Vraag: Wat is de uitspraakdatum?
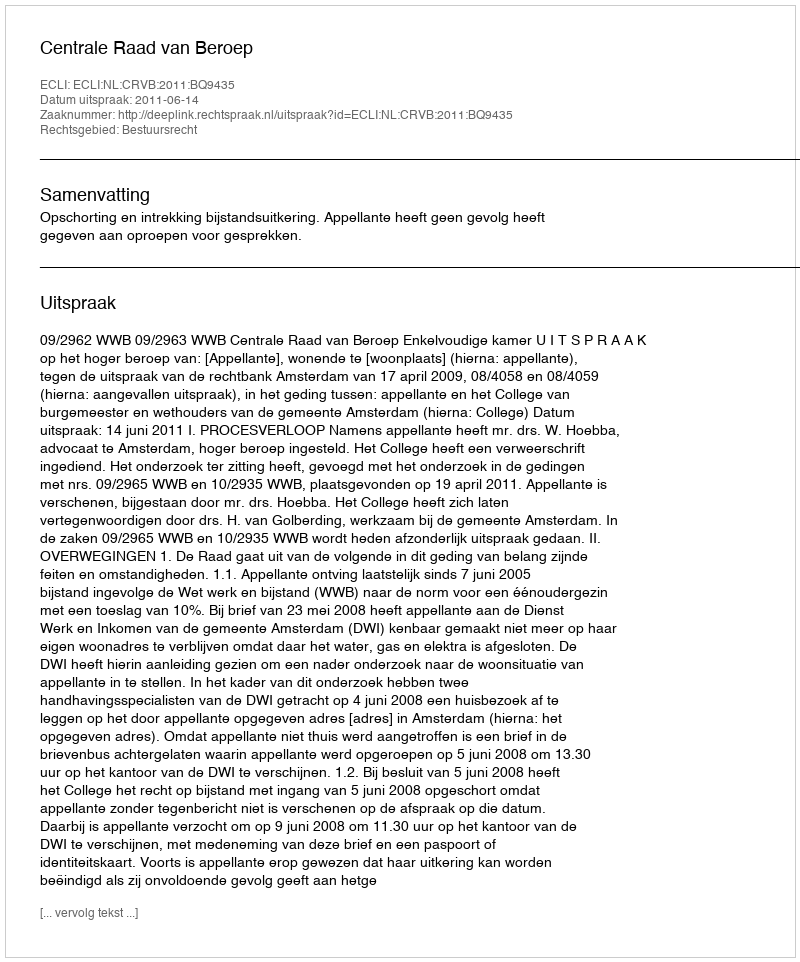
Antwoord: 2011-06-14